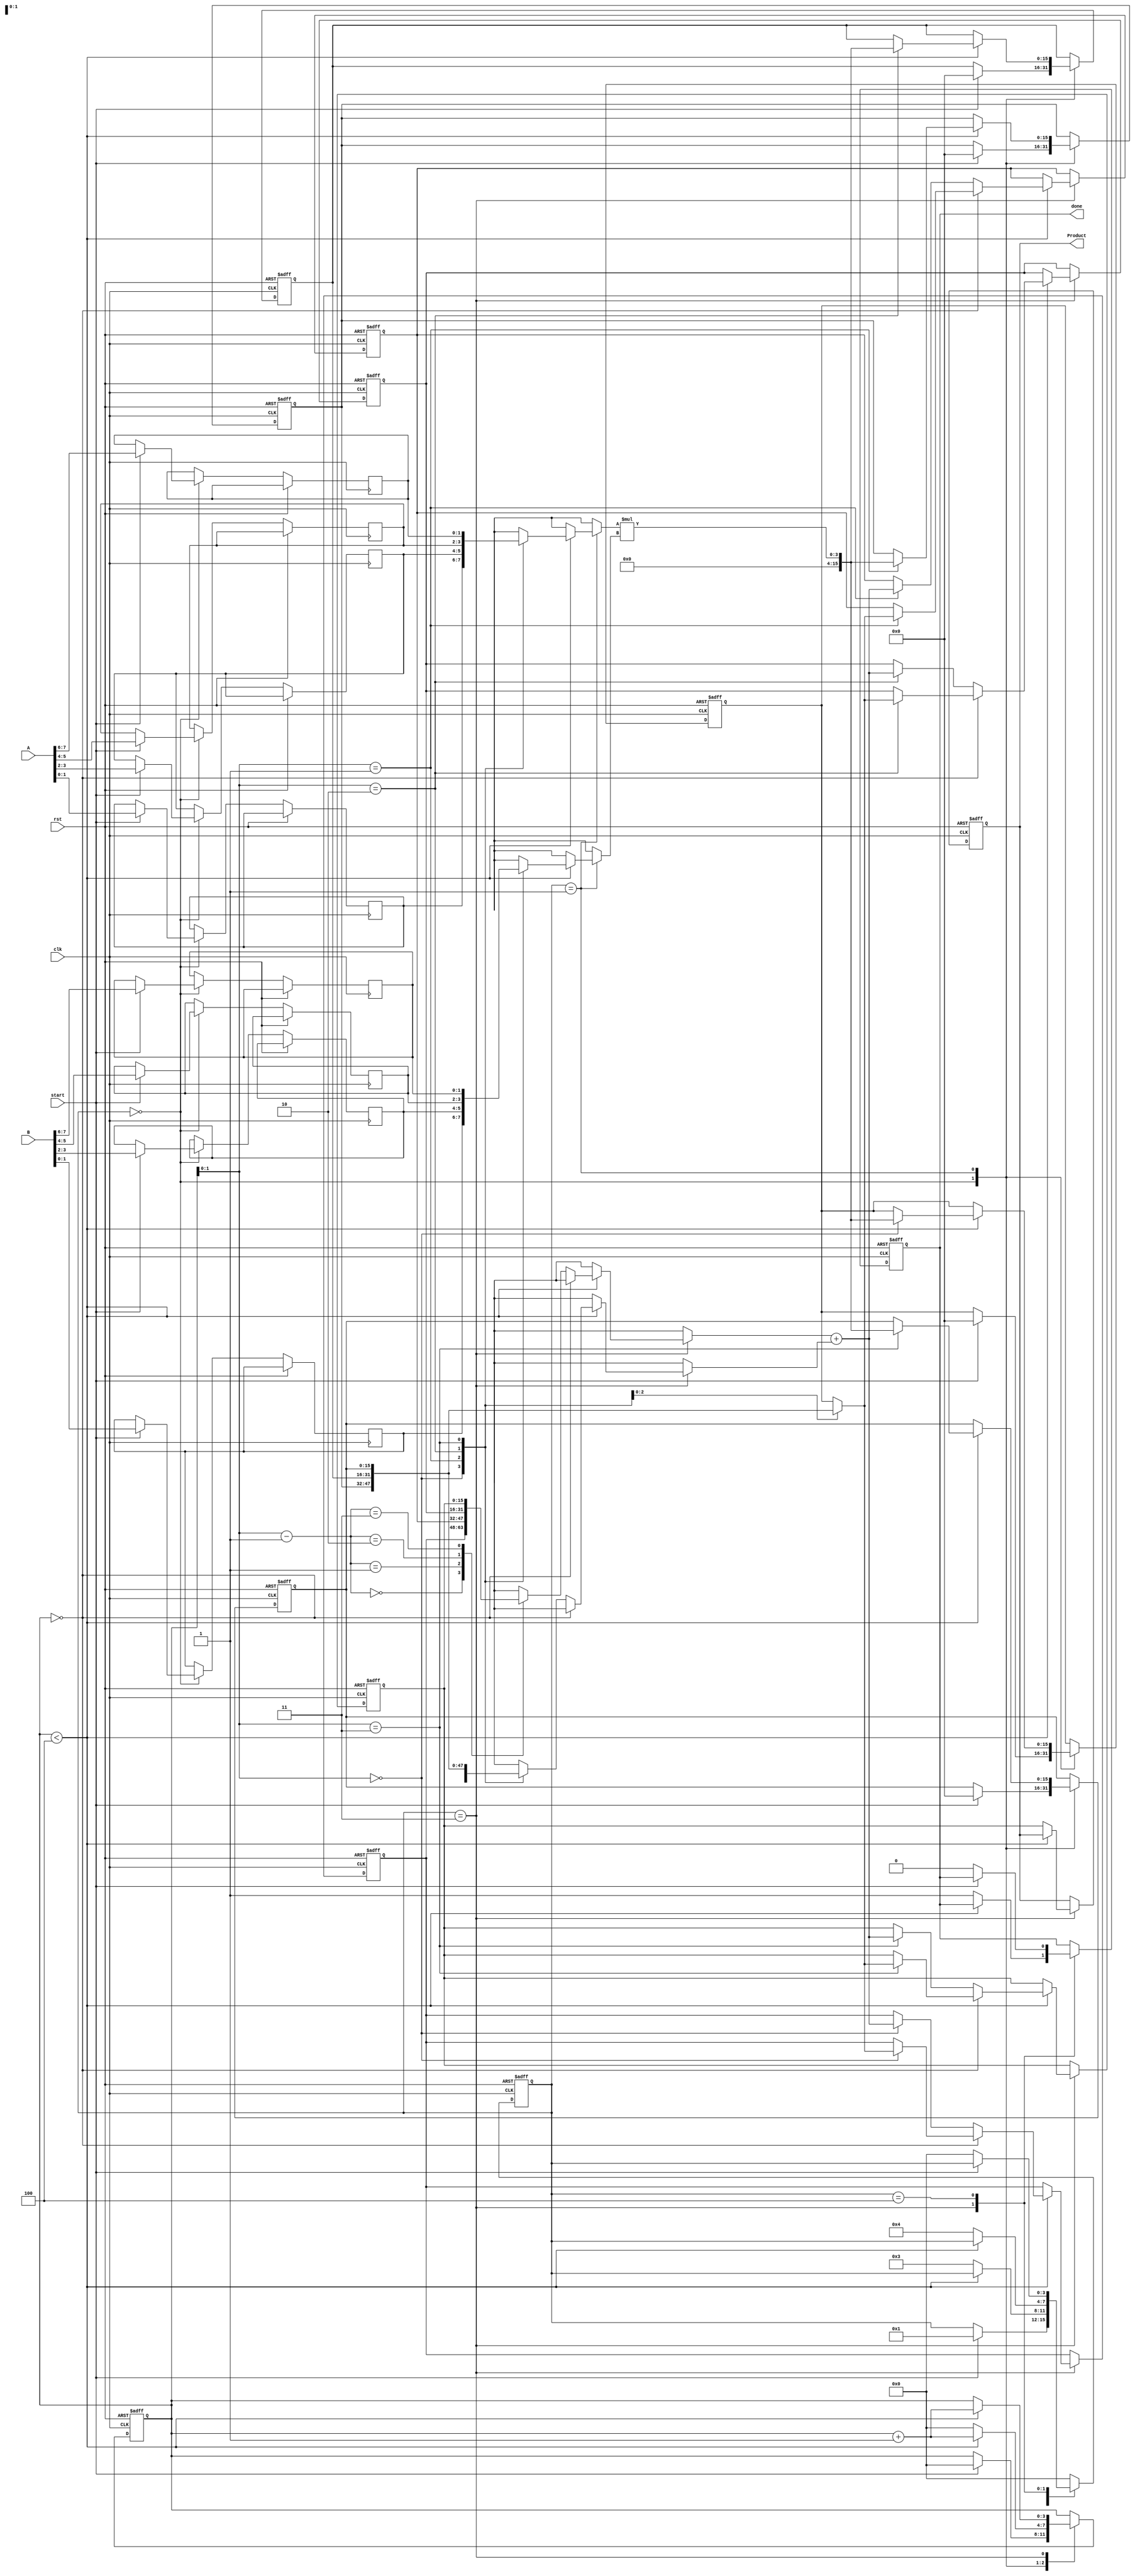
module PipelinedSlicedMultiplier #(parameter WIDTH = 8, parameter SLICE_SIZE = 4)(
    input clk,
    input rst,
    input [WIDTH-1:0] A,           // Multiplicand
    input [WIDTH-1:0] B,           // Multiplier
    input start,
    output reg [2*WIDTH-1:0] Product, // Result of multiplication
    output reg done
);

    // Internal signals
    reg [WIDTH/SLICE_SIZE-1:0] A_slices [0:SLICE_SIZE-1];
    reg [WIDTH/SLICE_SIZE-1:0] B_slices [0:SLICE_SIZE-1];
    reg [2*WIDTH-1:0] partial_products [0:SLICE_SIZE-1];
    reg [2*WIDTH-1:0] stage_reg [0:SLICE_SIZE-1];
    
    integer i;
    reg [3:0] state;
    reg [3:0] count;
    
    // State encoding
    localparam IDLE = 0, SLICING = 1, GENERATING = 2, ADDING = 3, DONE = 4;

    always @(posedge clk or posedge rst) begin
        if (rst) begin
            Product <= 0;
            done <= 0;
            state <= IDLE;
            count <= 0;
            for (i = 0; i < SLICE_SIZE; i = i + 1) begin
                partial_products[i] <= 0;
                stage_reg[i] <= 0;
            end
        end else begin
            case (state)
                IDLE: begin
                    if (start) begin
                        // Initialize slices
                        for (i = 0; i < SLICE_SIZE; i = i + 1) begin
                            A_slices[i] <= A[i*WIDTH/SLICE_SIZE +: WIDTH/SLICE_SIZE];
                            B_slices[i] <= B[i*WIDTH/SLICE_SIZE +: WIDTH/SLICE_SIZE];
                            partial_products[i] <= 0;
                        end
                        state <= SLICING;
                        count <= 0;
                    end
                end
                
                SLICING: begin
                    if (count < SLICE_SIZE) begin
                        // Generate partial products
                        partial_products[count] <= A_slices[count] * B_slices[count];
                        count <= count + 1;
                    end else begin
                        state <= ADDING;
                        count <= 0;
                    end
                end
                
                ADDING: begin
                    // Adding stage - accumulates the results
                    if (count < SLICE_SIZE) begin
                        if (count == 0) begin
                            stage_reg[count] <= partial_products[count];
                        end else begin
                            stage_reg[count] <= stage_reg[count-1] + partial_products[count];
                        end
                        count <= count + 1;
                    end else begin
                        Product <= stage_reg[SLICE_SIZE-1];
                        done <= 1;
                        state <= DONE;
                    end
                end
                
                DONE: begin
                    // Wait for the next multiplication
                    if (!start) begin
                        done <= 0;
                        state <= IDLE;
                    end
                end
                
                default: state <= IDLE;
            endcase
        end
    end
endmodule